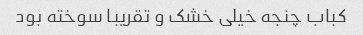
کباب چنجه خیلی خشک و تقریبا سوخته بود